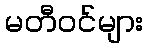
မတီဝင်များ